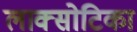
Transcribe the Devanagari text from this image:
लाक्सोटिका